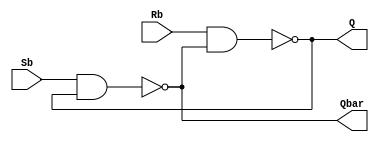
module sr_nand (
    input Sb,Rb,
    output Q,Qbar
);
    nand n1(Q, Rb, Qbar);
    nand n2(Qbar, Sb, Q);
endmodule